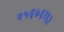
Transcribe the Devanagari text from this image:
२५६७६१६३